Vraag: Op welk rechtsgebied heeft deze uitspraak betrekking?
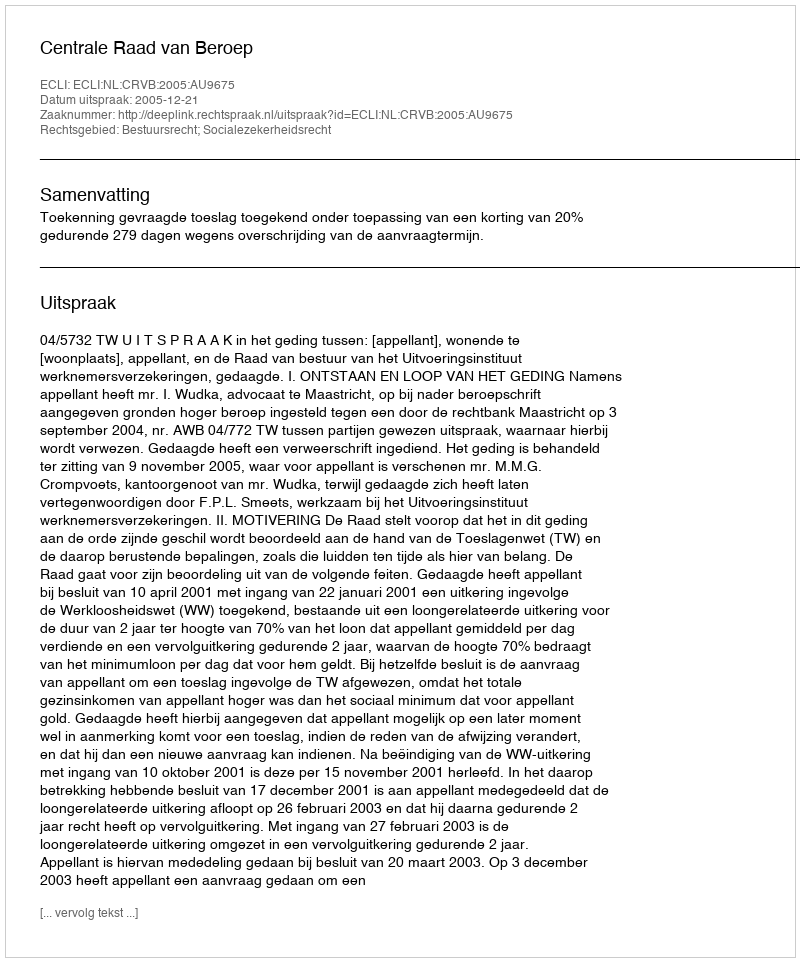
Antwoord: Bestuursrecht; Socialezekerheidsrecht